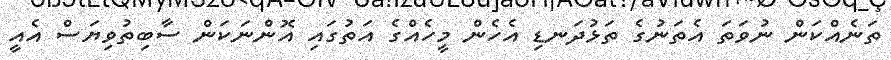
ތަނެއްކަން ނުވަތަ އެތަނުގެ ތަޅުދަނޑި އެހެން މީހެއްގެ އަތުގައި އޮންނަކަން ސާބިތުވިޔަސް އެއީ